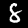
Label: 8